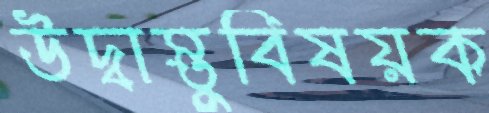
উদ্বাস্তুবিষয়ক